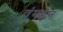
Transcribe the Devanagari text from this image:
वंगइन